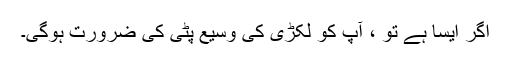
اگر ایسا ہے تو ، آپ کو لکڑی کی وسیع پٹی کی ضرورت ہوگی۔